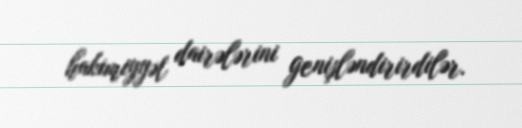
hakimiyyət dairələrini genişləndirirdilər.